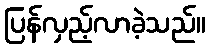
ပြန်လှည့်လာခဲ့သည်။